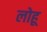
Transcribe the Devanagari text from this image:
लोहू